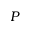
P